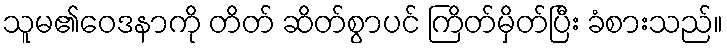
သူမ၏ဝေဒနာကို တိတ် ဆိတ်စွာပင် ကြိတ်မှိတ်ပြီး ခံစားသည်။